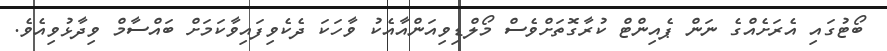
ބޯޓުގައި އެރަށެއްގެ ނަން ޕެއިންޓް ކުރާގޮތަށްވެސް މޯލްޑިވިއަންއާއެކު ވާހަކަ ދެކެވިފައިވާކަމަށް ބައްސާމް ވިދާޅުވިއެވެ.